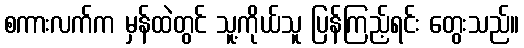
စကားလက်က မှန်ထဲတွင် သူ့ကိုယ်သူ ပြန်ကြည့်ရင်း တွေးသည်။